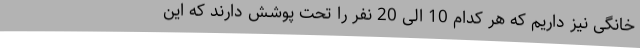
خانگی نیز داریم که هر کدام 10 الی 20 نفر را تحت پوشش دارند که این